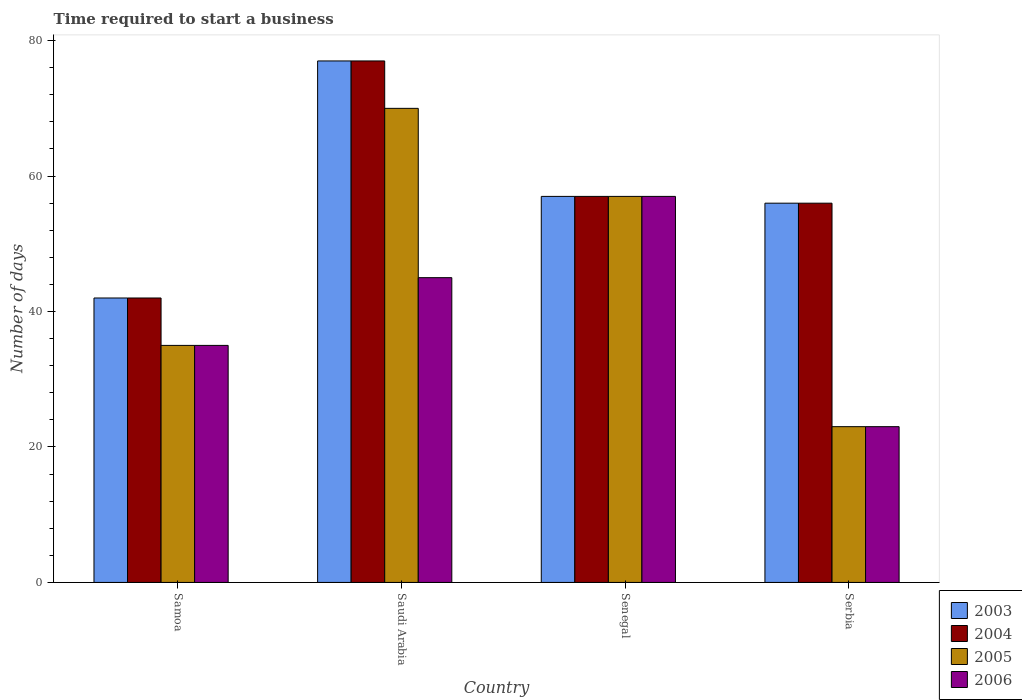
| Country | 2003 | 2004 | 2005 | 2006 |
 | --- | --- | --- | --- | --- |
 | Samoa | 42 | 42 | 35 | 35 |
 | Saudi Arabia | 77 | 77 | 70 | 45 |
 | Senegal | 57 | 57 | 57 | 57 |
 | Serbia | 56 | 56 | 23 | 23 |